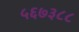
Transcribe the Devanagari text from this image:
५६७३८८